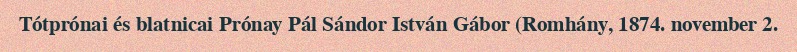
Tótprónai és blatnicai Prónay Pál Sándor István Gábor (Romhány, 1874. november 2.